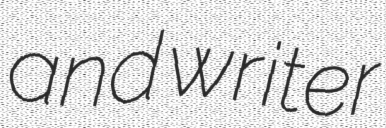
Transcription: and writer